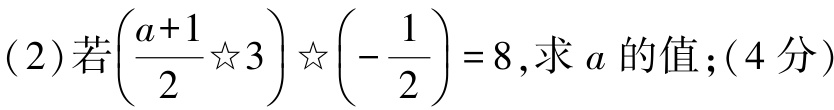
(2)若\(\left(\dfrac{a + 1}{2}\☆3\right)\☆\left(-\dfrac{1}{2}\right)=8\)，求\(a\)的值；(4分)